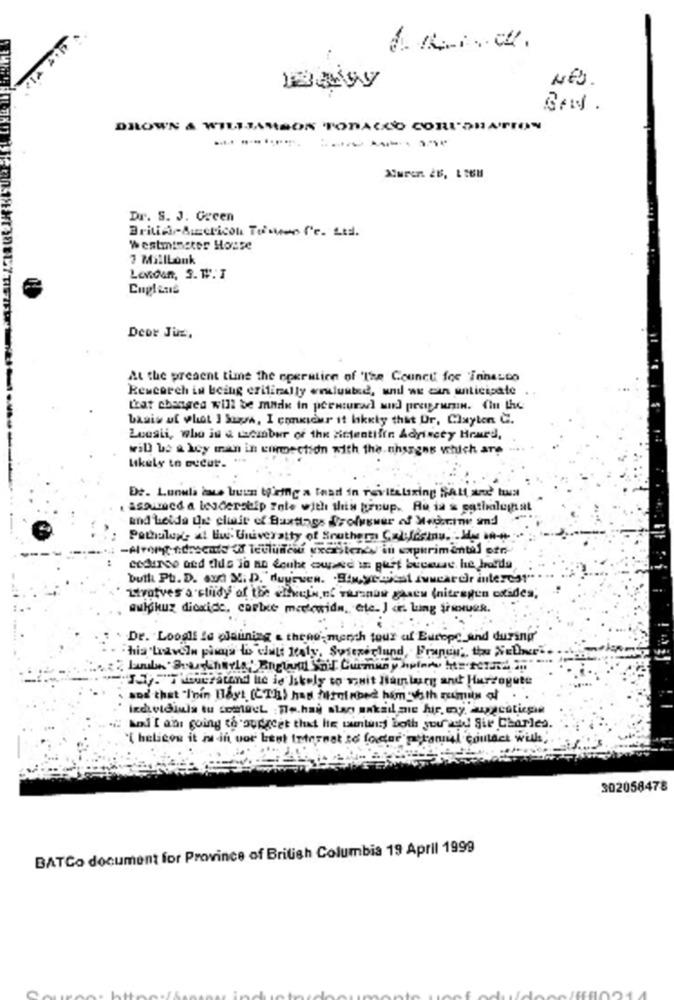
NEJ.
DROWN A WILLIAMSON TOBACCO CORIORATION
------
aluron 26, 1568
Dr. S. J. Gecen
British-American Tuomo Cc. Ltd.
Westminster House
3 MillLonk
London, S. W. I
Cuplens
Deor Juz.
At the present time the operation of The Council for innesto
Research is being erifinally enusted, unil we cin anticipate
that changed will be made in peenturad und peeprumin. Ciu the
basis of what I Suwa, I consider it likely that Or, Clayton C.
Luesti, who is & tacibur of the airtentifin Adyincey Heard,
will be a key man in commection with the nhsgens which are
likely to cucur.
De. Lunula dace buun tiring a Snad in revitilixing Salt and tua
.assumed a leadership Inte with this group. Au ia & catholeghat
and Leida this clair of Buxtings drofyswer of Megorine smd
Pathologe at lui. University of Southern Califesinu. M. - #
utrotves a study of the elfkieth,ní varanus gaacu (nitrogen oxides,
sulphur dioxide, cartxe mericwidn, etc. J cr. Lung SinueR.
Dr. Loogli le planning & theno', mench tour af Europe and during'
1.7."T koucratand he is likely to visit Hamburg and Hurtogute
and that "I'nin Hayt [CTh) has hruinbed him with rumun of ..
İzchetdiuls tu LoMacL Te.hai aları ankail me firmy, muggcutiepie
#: [ ans going to ourget that He wuntwist both you"add! Sir Charles.
'{ helicon it is in uor best Internet se fosse porannal coulack will,
302058478
BATCo document for Province of British Columbia 19 April 1999